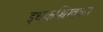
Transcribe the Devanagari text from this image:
इधकश्लिखकर